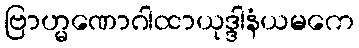
ဗြာဟ္မဏောဂါထာယုဒ္ဒါနံယမကေ